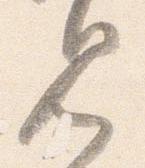
見